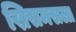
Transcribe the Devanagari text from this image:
ख्रिसमसला